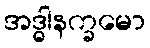
အဒ္ဓါနက္ခမော